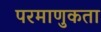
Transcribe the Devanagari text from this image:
परमाणुकता